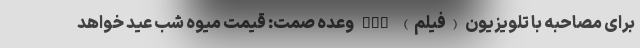
برای مصاحبه با تلویزیون (فیلم) nan وعده صمت: قیمت میوه شب عید خواهد